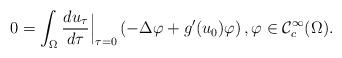
LaTeX: \begin{align*}0 = \int_{\Omega} \frac{du_\tau}{d\tau }\Big|_{\tau = 0}\left( - \Delta \varphi + g^{\prime }(u_0)\varphi \right), \varphi \in \mathcal C_c ^\infty (\Omega).\end{align*}